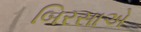
બિરસાએ